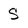
Character: S